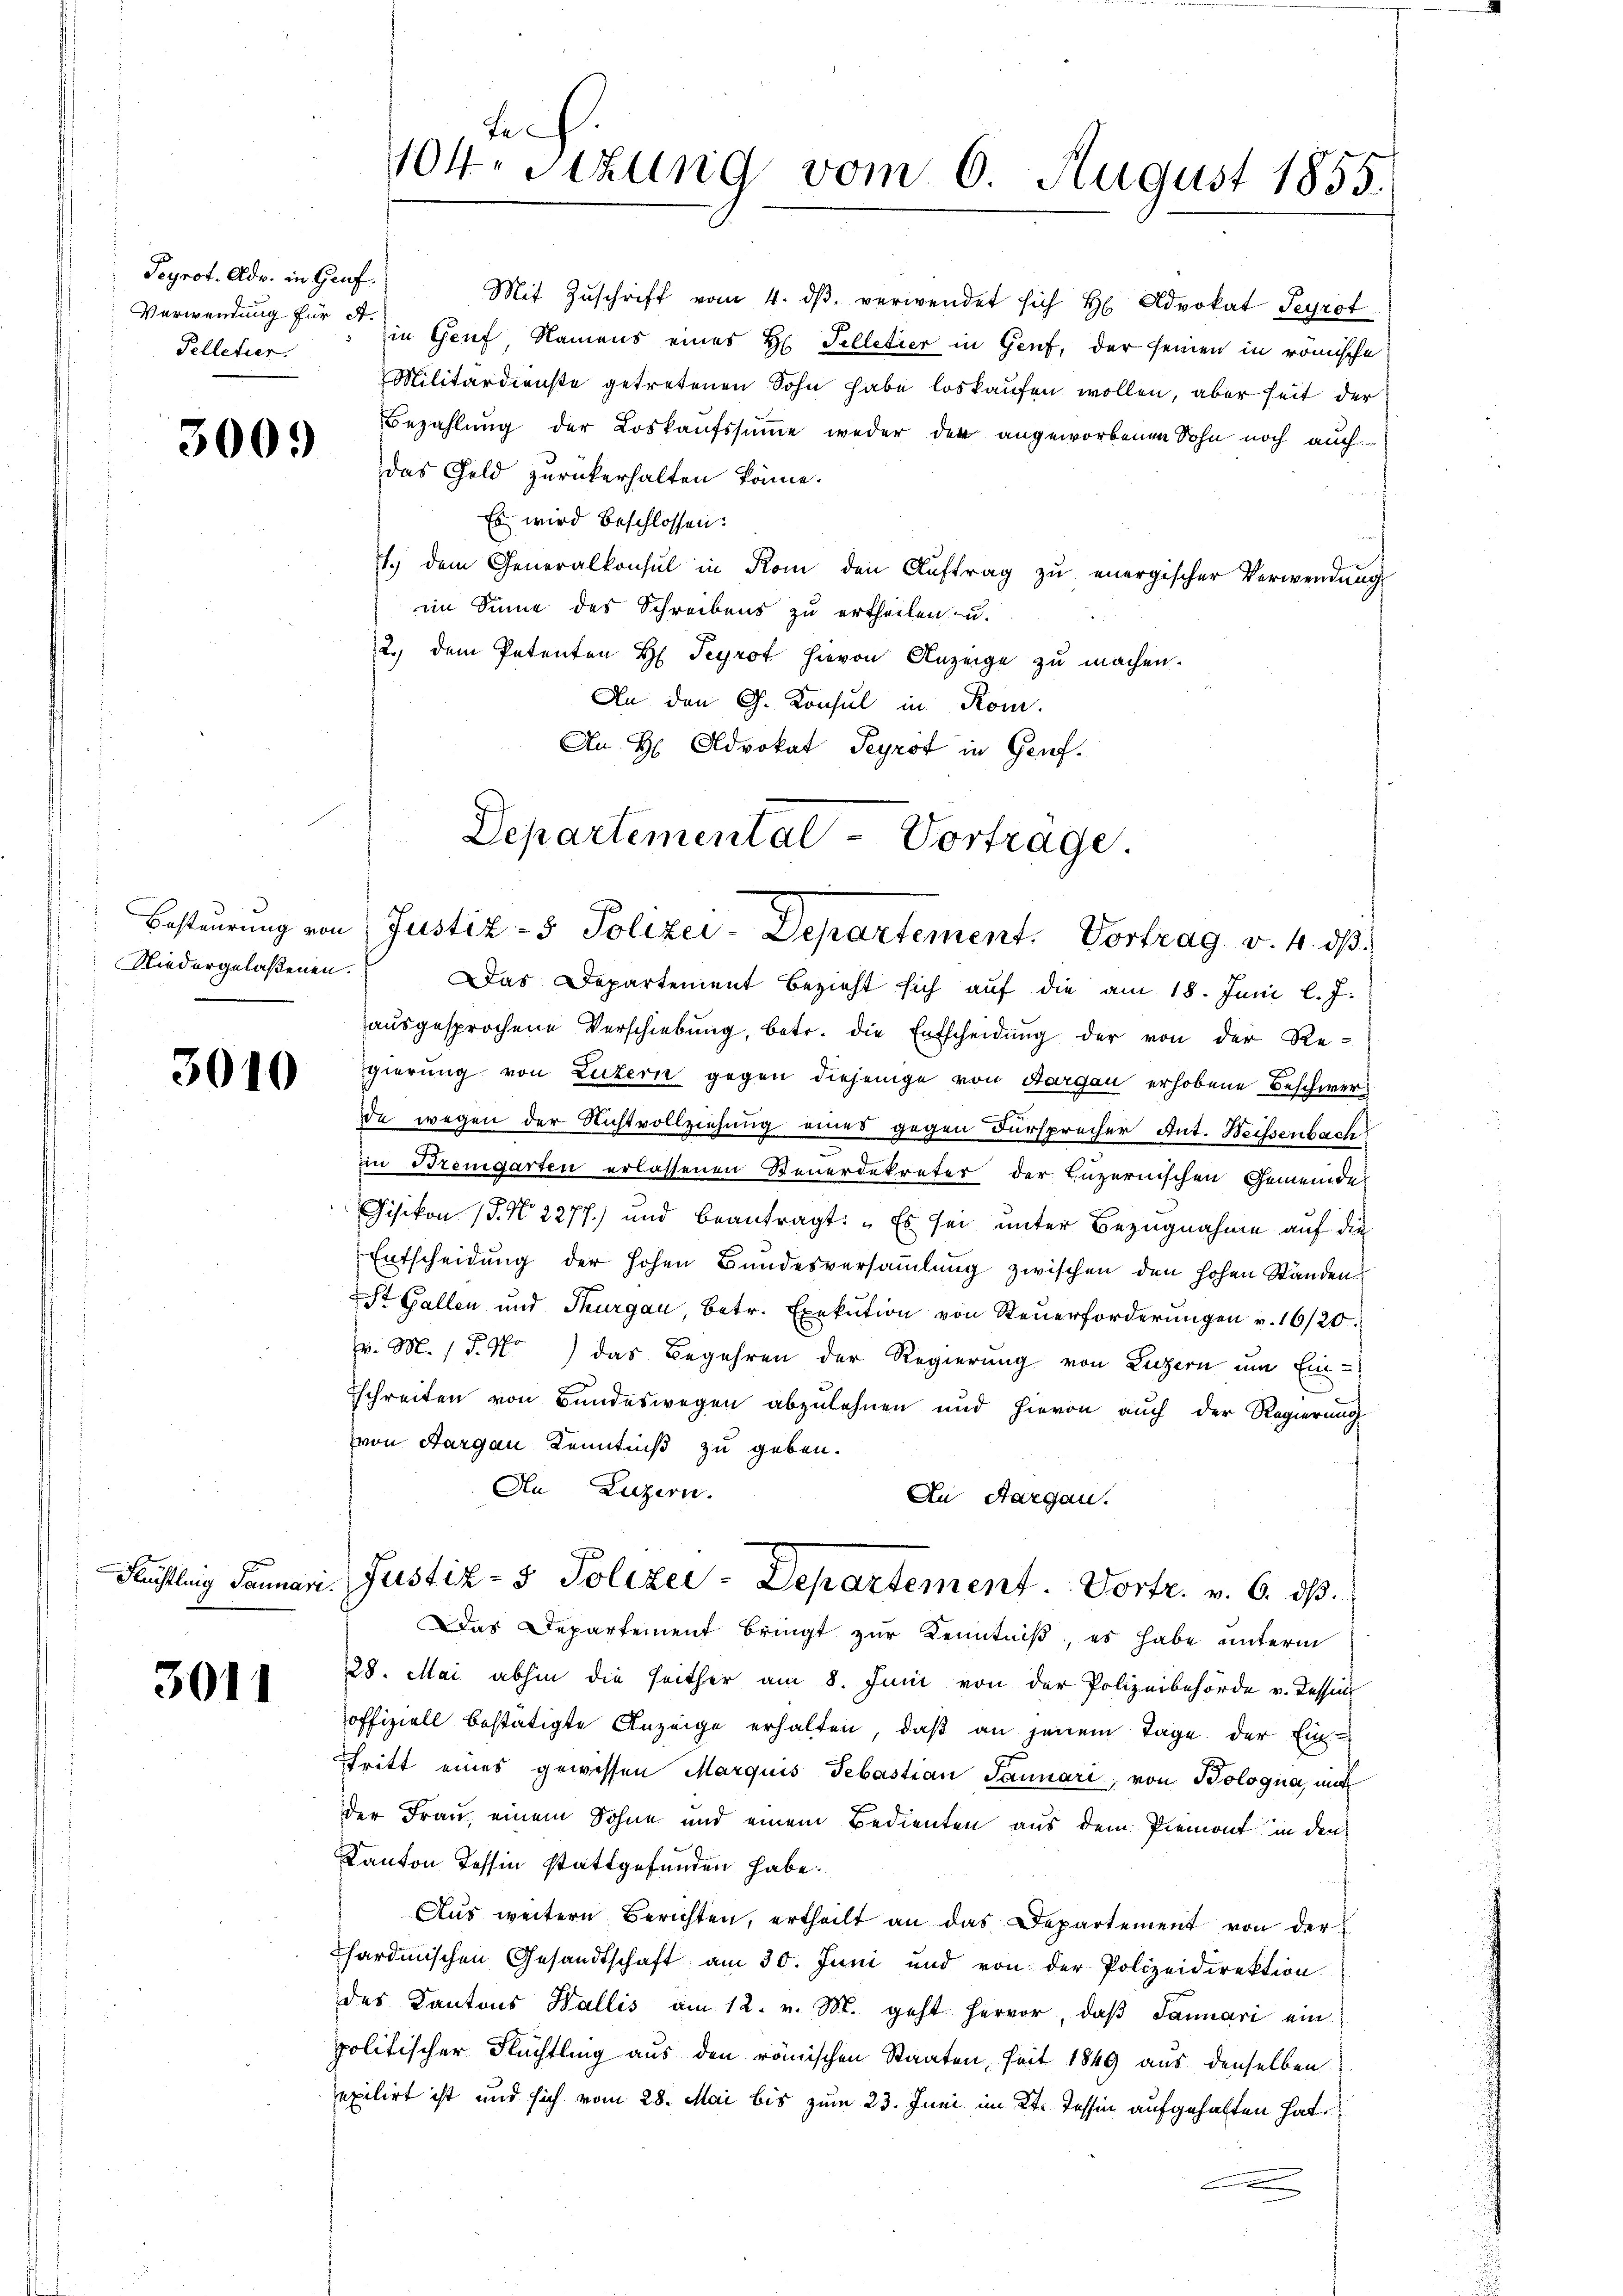
Peyrot. Adr. in Genf.
Verwendung für A.
Pelletier.

3009

Niedergelaßenen.

3010

3011

te
104. Sitzung vom 6. August 1855.

Mit Zŭschrift vom 4. dβ verwendet sich H Advokat Segrot
in Genf, Namens eines H. Telletier in Genf, der seinen in römische
Militärdienste getretenen Sohn habe loskaufen wollen, aber seit der
Bezahlung der Loskaufssumme weder der angeworbenen Sohn noch auch
das Geld zurückerhalten könne.
Es wird beschlossen:
1.) dem Generalkonsul in Rom den Auftrag zŭ energischer Verwendung
eim Sinne des Schreibens zu ertheilen u.
2.) dem Petenten H Scyrot hievon Anzeige zu machen.
An den G. Konsul in Rom.
An H. Advokat Peyrot in Genf.
Das Departement bezieht sich auf die am 18. Juni l. J.
aŭsgesprochene Verschiebung, betr. die Entscheidŭng der von der Re-
gierung von Luzern gegen diejenige von Aargau erhobene Beschwerde wegen der Nichtvollziehung eines gegen Fürsprecher Ant. Weissenbach
in Bremgarten erlassenen Steuerdekreter der Luzernischen Gemeinde
Gisikon (§. No 2277) und beantragt: „Es sei unter Bezugnahme auf die
Entscheidung der hohen Bundesversammlung zwischen den hohen Ständen
St. Gallen und Thurgau, betr. Exekution von Steuerforderungen v. 16/20.
v. M. P. Nr.) das Begehren der Regierung von Luzern um Ein¬
Eschreiten von Bundeswegen abzulehnen und hievon auch der Regierung
von Aargau Kenntniß zu geben.
An Luzern.
An Aargau.
Füstling Januari. Justiz- & Polizei-Departement. Vortr. v. 6. ds.
Das Departement bringt zur Kenntniß, es habe unterm
28. Mai abhin die seither am 8. Juni von der Polizeibehörde v. Tessin
offiziell bestätigte Anzeige erhalten, daß an jenem Tage der Ein-
stritt eines gewissen Marquis Sebastian Januari, von Bologna, mit
der Frau einem Sohne und einem Bedienten aus dem Piemont in den
Kanton Tessin stattgefunden habe.
Aŭs weitern Berichten, ertheilt an das Departement von der
hardischen Gesandtschaft am 30. Juni und von der Polizeidirektion
des Kantons Wallis am 12. v. M. geht hervor, daβ Januari ein
politischer Flüchtling aus den römischen Staaten, seit 1849 aus denselben
exilirt ist und sich vom 28. Mai bis zum 23. Juni im Kt. Tessin aufgehalten hat
.

Departemental Vortrage.
Besteurung von Justiz- & Polizei-Departement. Vortrag. v. 4. ds.